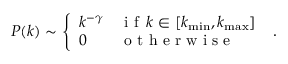
P ( k ) \sim \left\{ \begin{array} { l l } { k ^ { - \gamma } } & { \textrm { i f } \, k \in [ k _ { \operatorname* { m i n } } , k _ { \operatorname* { m a x } } ] } \\ { 0 } & { \textrm { o t h e r w i s e } } \end{array} \right. \; .